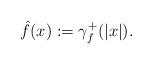
LaTeX: \begin{align*}\hat{f}(x):=\gamma _{f}^{+}(|x|). \end{align*}